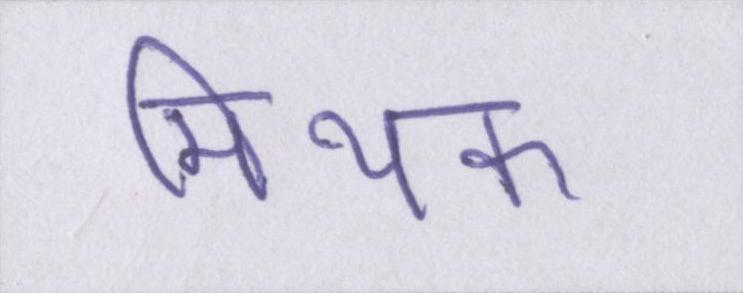
मिथक